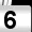
Digit: 6